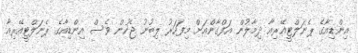
އިންޑިއާގެ ޕެނަލްޓީއޭރިއާ ދިމާލުން އަފްގާންއަށް މިފަހަރު ލިބުނު ޖެހުން ވެސް އިންޑިއާގެ ޕެނަލްޓީއޭރިއާ